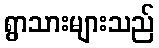
ရွာသားများသည်